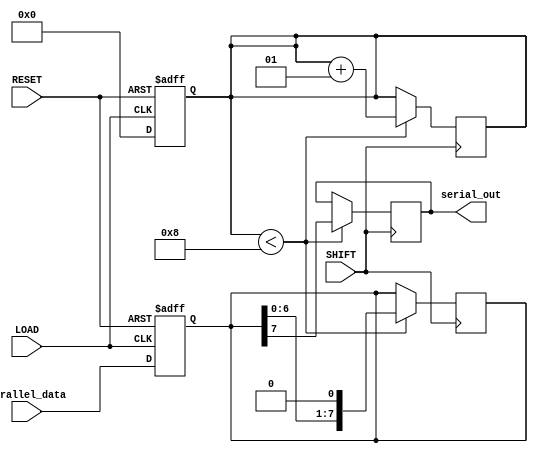
module async_piso_register #(parameter N = 8) (
    input wire [N-1:0] parallel_data, // Parallel data input
    input wire LOAD,                  // Load signal
    input wire SHIFT,                 // Shift signal
    input wire RESET,                 // Asynchronous reset signal
    output reg serial_out              // Serial output
);

    // Internal register to hold the N bits of data
    reg [N-1:0] register;

    // Internal counter to keep track of the number of shifts
    integer shift_counter;

    always @(posedge LOAD or posedge RESET) begin
        if (RESET) begin
            register <= {N{1'b0}}; // Clear the register asynchronously
            shift_counter <= 0;     // Reset the shift counter
        end else if (LOAD) begin
            register <= parallel_data; // Load parallel data
            shift_counter <= 0;         // Reset the shift counter upon loading
        end
    end

    always @(posedge SHIFT) begin
        if (shift_counter < N) begin
            serial_out <= register[N-1]; // Output the MSB
            register <= {register[N-2:0], 1'b0}; // Shift left and append zero to LSB
            shift_counter <= shift_counter + 1; // Increment shift counter
        end
    end

endmodule